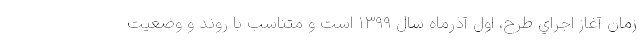
زمان آغاز اجراي طرح، اول آذرماه سال ۱۳۹۹ است و متناسب با روند و وضعیت